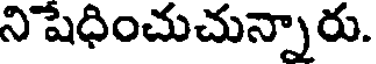
ని షేధించుచున్నారు.